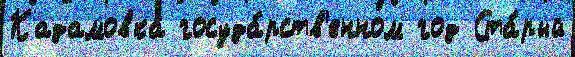
Кадамовка госуда́рств'енном год Ста́рый